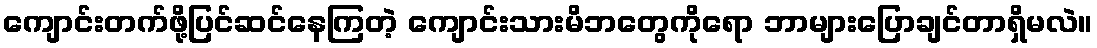
ကျောင်းတက်ဖို့ပြင်ဆင်နေကြတဲ့ ကျောင်းသားမိဘတွေကိုရော ဘာများပြောချင်တာရှိမလဲ။